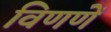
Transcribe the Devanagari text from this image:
विणणें